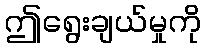
ဤရွေးချယ်မှုကို